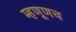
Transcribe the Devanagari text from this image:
म्हणूणच